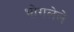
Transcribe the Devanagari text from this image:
भोगलेले